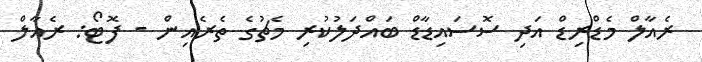
ރެއާލް މެޑްރިޑް އަދި ސޮސައިޑާޑް ބައްދަލުކުރި މެޗުގެ ތެރެއިން - ފޮޓޯ: ރެއާލް